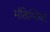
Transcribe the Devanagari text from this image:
माँतेग्नियर